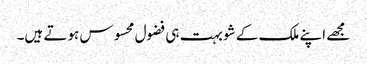
مجھے اپنے ملک کے شو بہت ہی فضول محسوس ہوتے ہیں۔